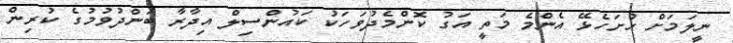
ނީލަމަށް ހުށަހެޅޭ އެންމެ މަތީ އަގު ކޮންމެދުވަހަކު ކައުންސިލް އިދާރާ ބަންދުވުމުގެ ކުރިން